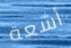
أشعة